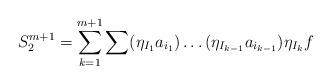
LaTeX: \begin{align*}S_{2}^{m+1} = \sum\limits_{k=1}^{m+1} \sum (\eta_{I_1}a_{i_1})\ldots (\eta_{I_{k-1}}a_{i_{k-1}})\eta_{I_k}f\end{align*}